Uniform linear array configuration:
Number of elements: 16
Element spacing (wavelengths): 0.5
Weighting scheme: binomial
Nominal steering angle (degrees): -45
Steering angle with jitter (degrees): -44.202
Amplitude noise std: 0.05
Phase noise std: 0.05

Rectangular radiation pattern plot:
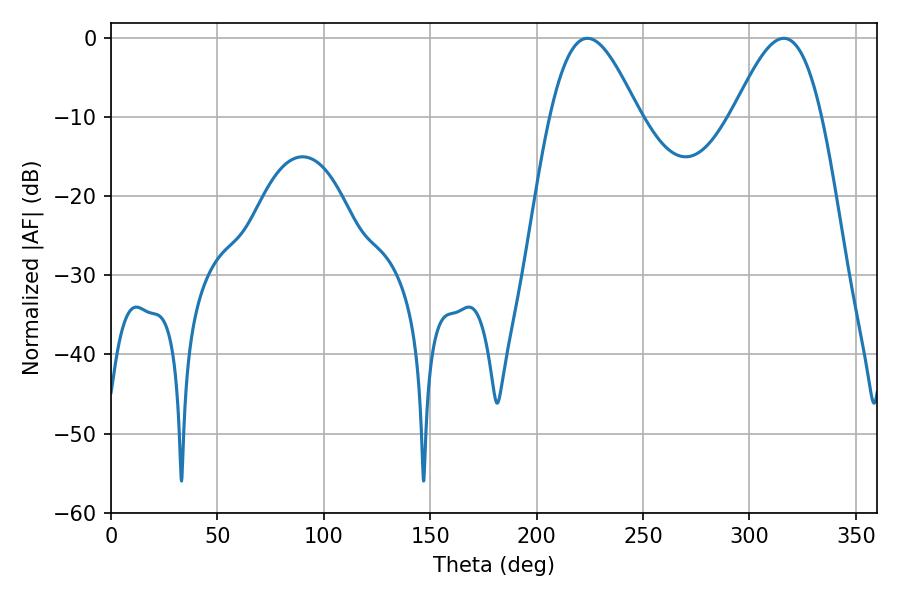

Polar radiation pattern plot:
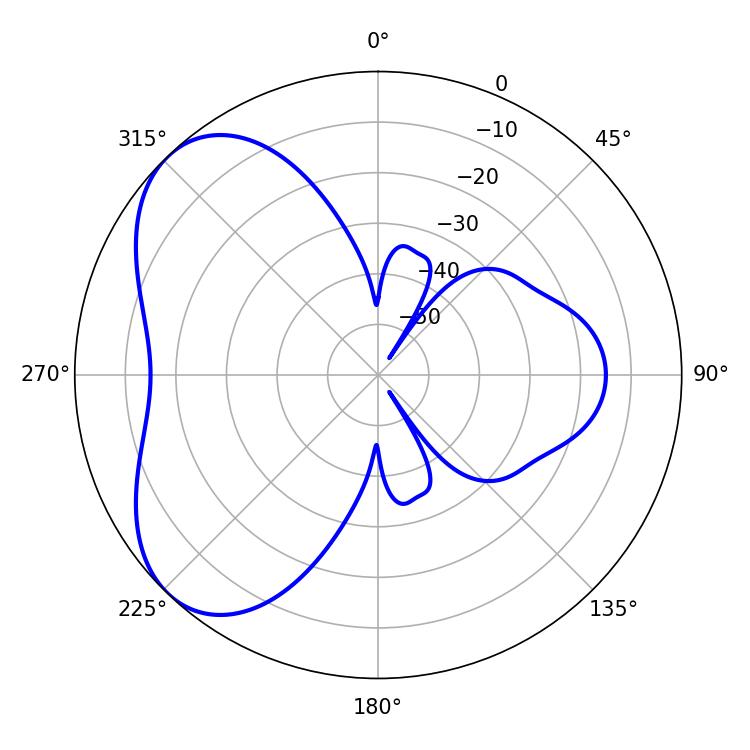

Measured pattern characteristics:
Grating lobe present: FALSE
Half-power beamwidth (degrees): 22.5
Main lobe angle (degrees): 223.92